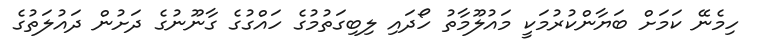
ހިމެނޭ ކަމަށް ބަޔާންކުރުމަކީ މައުލޫމާތު ހޯދައި ލިބިގަތުމުގެ ހައްގުގެ ގާނޫނުގެ ދަށުން ދައުލަތުގެ